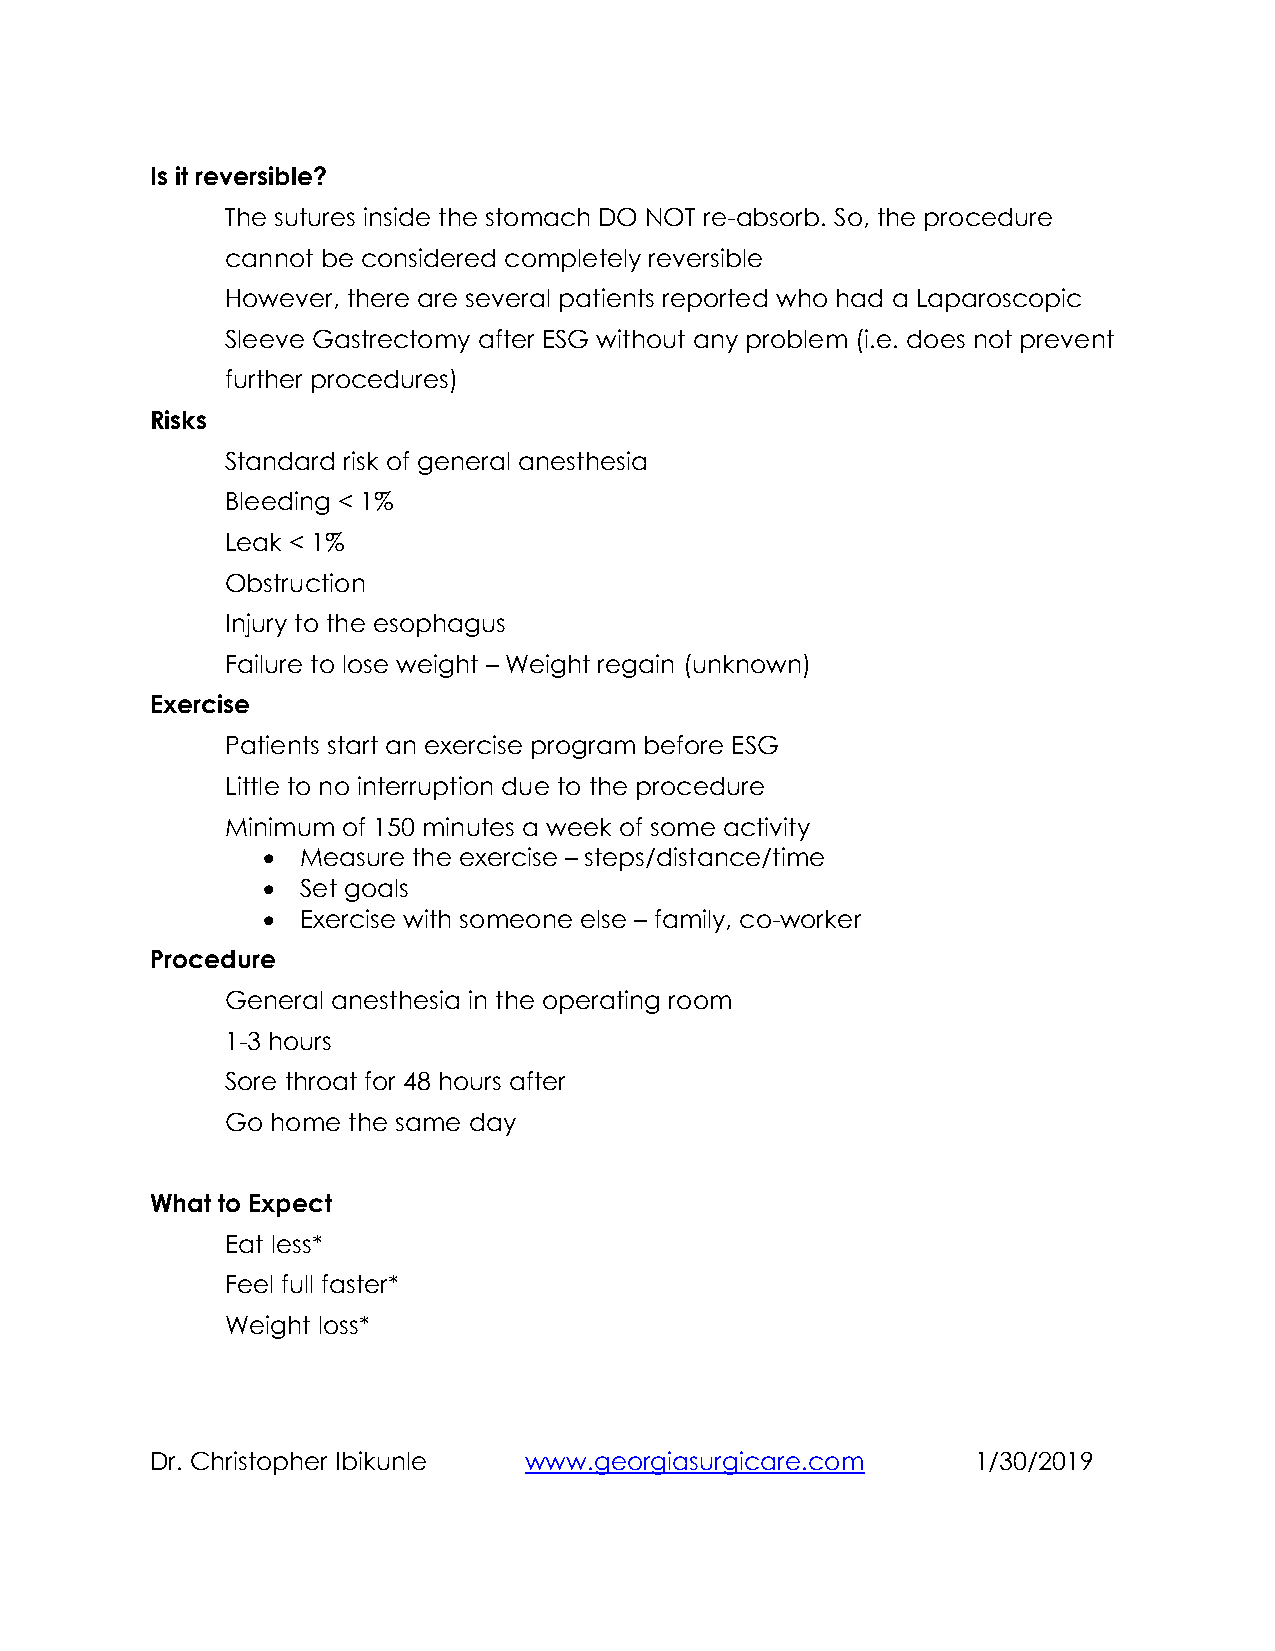
Is it reversible?
 The sutures inside the stomach DO NOT re-absorb. So, the procedure
 cannot be considered completely reversible
 However, there are several patients reported who had a Laparoscopic
 Sleeve Gastrectomy after ESG without any problem (i.e. does not prevent
 further procedures)
 Risks
 Standard risk of general anesthesia
 Bleeding < 1%
 Leak < 1%
 Obstruction
 Injury to the esophagus
 Failure to lose weight – Weight regain (unknown)
 Exercise
 Patients start an exercise program before ESG
 Little to no interruption due to the procedure
 Minimum of 150 minutes a week of some activity
 •  Measure the exercise – steps/distance/time
 •  Set goals
 •  Exercise with someone else – family, co-worker
 Procedure
 General anesthesia in the operating room
 1-3 hours
 Sore throat for 48 hours after
 Go home the same day
 What to Expect
 Eat less*
 Feel full faster*
 Weight loss*
 Dr. Christopher Ibikunle www.georgiasurgicare.com      1/30/2019